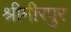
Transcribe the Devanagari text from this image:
श्रीमीरपुर